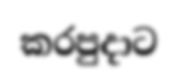
කරපුදාට